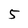
Character: 5